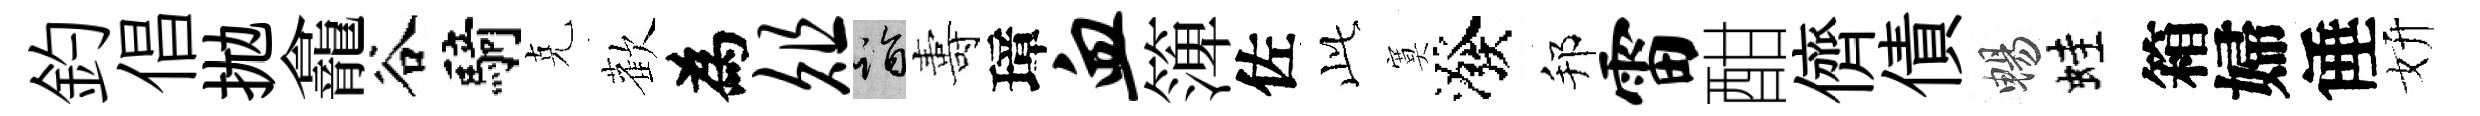
釣倡拋龕谷騎克歡為俎诣夀璋血𥱼佐𬼘寞潑邦雷酣儕債暢蛙箱婦倕妍